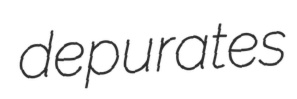
depurates